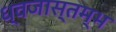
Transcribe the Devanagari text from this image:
ध्वजास्तम्भ